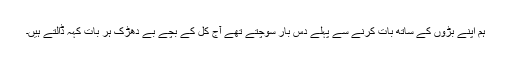
ہم اپنے بڑوں کے ساتھ بات کرنے سے پہلے دس بار سوچتے تھے آج کل کے بچے بے دھڑک ہر بات کہہ ڈالتے ہیں۔